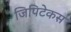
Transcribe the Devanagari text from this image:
जिपिटेकस